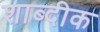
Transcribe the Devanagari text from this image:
शाब्दीक